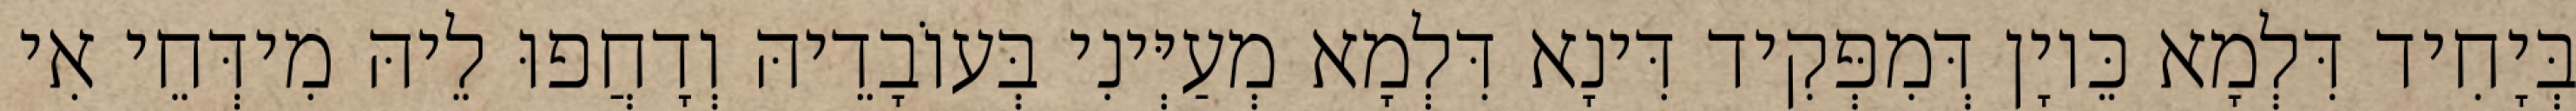
בְּיָחִיד דִּלְמָא כֵּיוָן דְּמִפְּקִיד דִּינָא דִּלְמָא מְעַיְּינִי בְּעוֹבָדֵיהּ וְדָחֲפוּ לֵיהּ מִידְּחֵי אִי